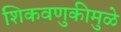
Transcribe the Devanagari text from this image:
शिकवणुकीमुळे